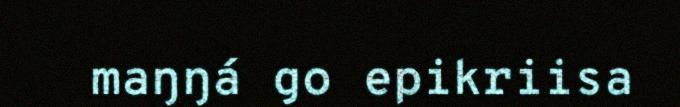
maŋŋá go epikriisa